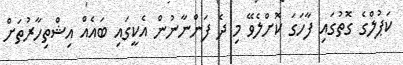
ކަޕުލްގެ ގޮތުގައި ފާހަގަ ކޮށްލެވޭ މި ދެ ފަންނާނުން އެކީގައި ބައެއް އިޝްތިހާރުތަށް